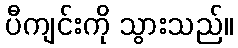
ပီကျင်းကို သွားသည်။